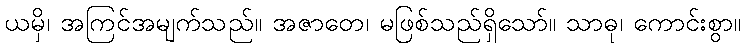
ယမှိ၊ အကြင်အမျက်သည်။ အဇာတေ၊ မဖြစ်သည်ရှိသော်။ သာဓု၊ ကောင်းစွာ။